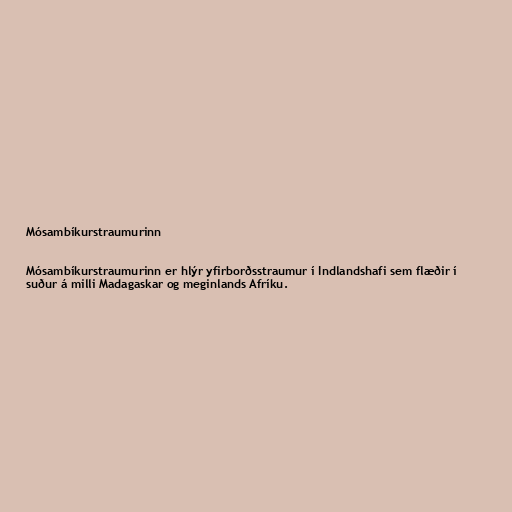
Mósambíkurstraumurinn

Mósambíkurstraumurinn er hlýr yfirborðsstraumur í Indlandshafi sem flæðir í
suður á milli Madagaskar og meginlands Afríku.